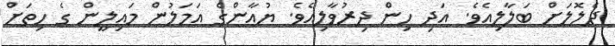
ދެލޮލަށް ބަލާލިއެވެ. އަދި ހިން ދިރުވާލިއެވެ. ޔުއާންގެ އަމަލުން މައިލީން ގެ ހިތަށް